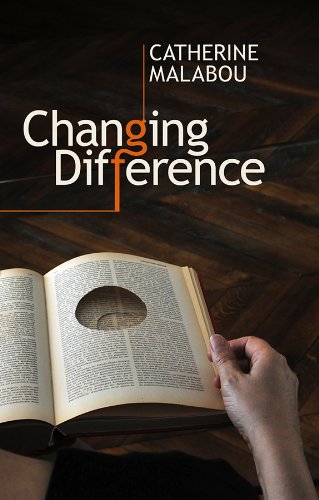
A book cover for Changing Difference; Catherine Malabou; Gay & Lesbian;